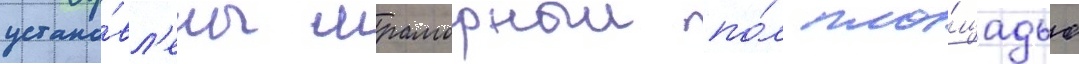
устано́вл'ены мраморныи по́л пло́щадью